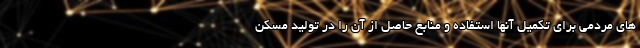
های مردمی برای تکمیل آنها استفاده و منابع حاصل از آن را در تولید مسکن